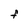
Character: f